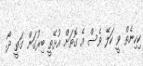
ކިހިނެތް ވީ ކަލޭ ވެސް އެ ގޮތަށް އުޅޭތީ ބިރުގަން ގަތީ ދޯ.